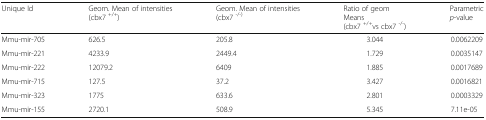
| Unique Id | Geom. Mean of intensities(cbx7 +/+) | Geom. Mean of intensities(cbx7 -/-) | Ratio of geomMeans(cbx7 +/+vs cbx7 -/-) | Parametricp-value |
 | --- | --- | --- | --- | --- |
 | Mmu-mir-705 | 626.5 | 205.8 | 3.044 | 0.0062209 |
 | Mmu-mir-221 | 4233.9 | 2449.4 | 1.729 | 0.0035147 |
 | Mmu-mir-222 | 12079.2 | 6409 | 1.885 | 0.0017689 |
 | Mmu-mir-715 | 127.5 | 37.2 | 3.427 | 0.0016821 |
 | Mmu-mir-323 | 1775 | 633.6 | 2.801 | 0.0003329 |
 | Mmu-mir-155 | 2720.1 | 508.9 | 5.345 | 7.11e-05 |